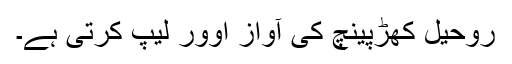
روحیل کھڑپینچ کی آواز اوور لیپ کرتی ہے۔